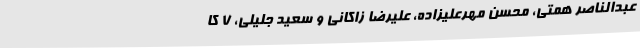
عبدالناصر همتی، محسن مهرعلیزاده، علیرضا زاکانی و سعید جلیلی، ۷ کا